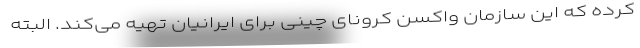
کرده که این سازمان واکسن کرونای چینی برای ایرانیان تهیه می‌کند. البته